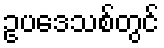
ဥပဒေသစ်တွင်